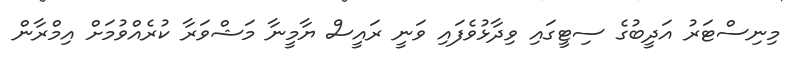
މިނިސްޓަރު އަދީބުގެ ސިޓީގައި ވިދާޅުވެފައި ވަނީ ރައީސް ޔާމީނާ މަޝްވަރާ ކުރެއްވުމަށް އިމްރާން